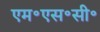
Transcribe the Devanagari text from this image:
एम॰एस॰सी॰